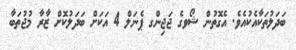
ބަދަލުތަކާއެކުއެވެ. އެގޮތުން ޝޯވގެ ޖަޖިންގ ޕެނަލް 4 އަކަށް ބަދަލުކޮށް ޒާރާ މުޖުތަބާ